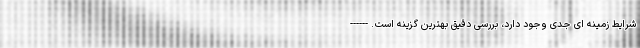
شرایط زمینه ای جدی وجود دارد، بررسی دقیق بهترین گزینه است. ------